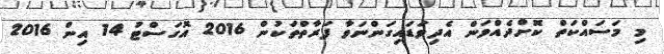
މި މަސައްކަތް ކޮށްދެއްވަން އެދިވަޑައިގަންނަވާ ފަރާތްތަކުން 2016 އޮގަސްޓު 14 އިން 2016